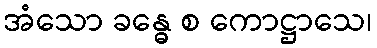
အံသော ခန္ဓေ စ ကောဋ္ဌာသေ၊